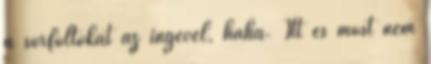
a sörfoltokat az ingével, haha. Itt és most nem